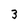
Character: 3